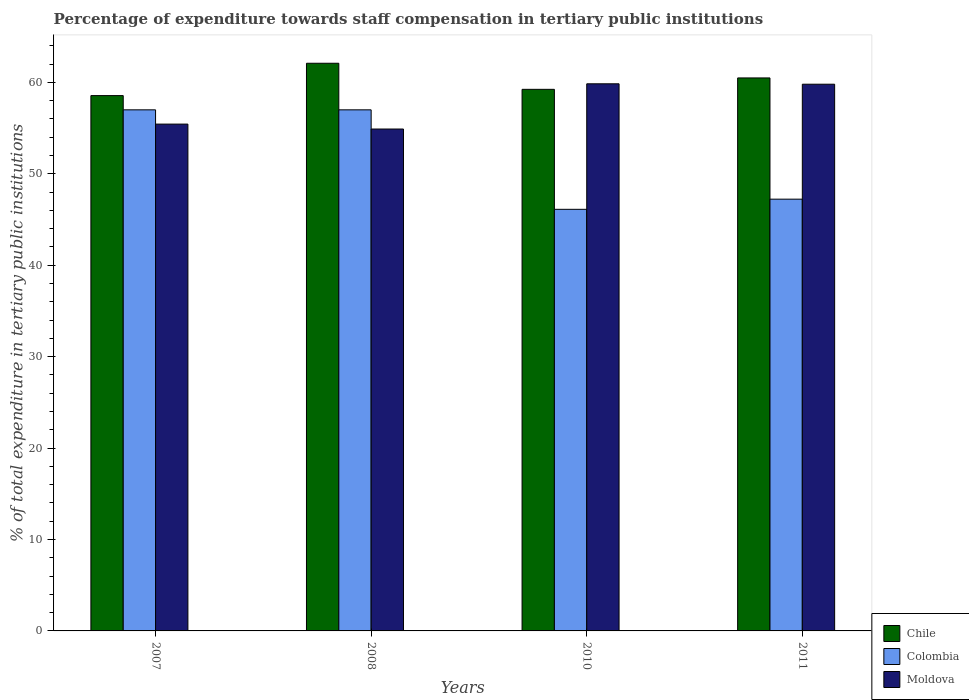
| Years | Chile | Colombia | Moldova |
 | --- | --- | --- | --- |
 | 2007 | 58.6 | 57 | 55.4 |
 | 2008 | 62.1 | 57 | 54.9 |
 | 2010 | 59.2 | 46.1 | 59.8 |
 | 2011 | 60.5 | 47.2 | 59.8 |